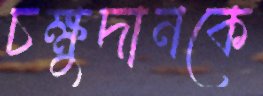
চক্ষুদানকে